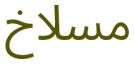
مسلاخ